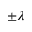
\pm \lambda